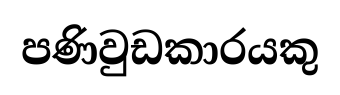
පණිවුඩකාරයකු